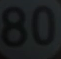
80